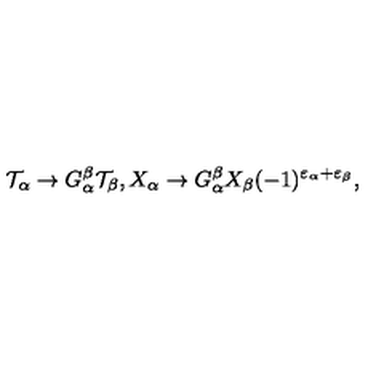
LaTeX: { \cal T } _ { \alpha } \rightarrow G _ { \alpha } ^ { \beta } { \cal T } _ { \beta } , X _ { \alpha } \rightarrow G _ { \alpha } ^ { \beta } X _ { \beta } ( - 1 ) ^ { \varepsilon _ { \alpha } + \varepsilon _ { \beta } } ,